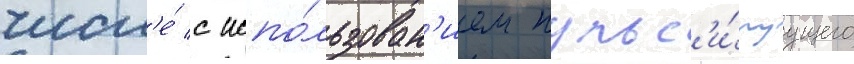
числ'е́ с испо́льзован'ием пульс'и́руущего